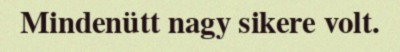
Mindenütt nagy sikere volt.